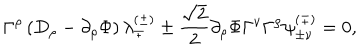
LaTeX: \Gamma ^ { \rho } \left( D _ { \rho } - \partial _ { \rho } \Phi \right) \lambda _ { \mp } ^ { ( \pm ) } \pm { \frac { \sqrt { 2 } } { 2 } } \partial _ { \rho } \Phi \Gamma ^ { \nu } \Gamma ^ { \rho } \psi _ { \pm \nu } ^ { ( \mp ) } = 0 ,